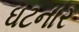
ઘટનાર